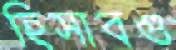
হিসাবগু